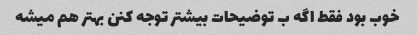
خوب بود فقط اگه ب توضیحات بیشتر توجه کنن بهتر هم میشه